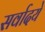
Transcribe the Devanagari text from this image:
सर्वादये